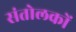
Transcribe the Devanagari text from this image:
संतोलकों